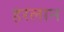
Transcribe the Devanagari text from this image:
हरलान